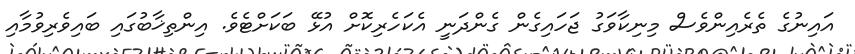
އައިނުގެ ތެރެއިންވެސް މިނިކާވަގު ޖަހައިގެން ގެންދަނީ އެކަހެރިކޮށް އުޅޭ ބަކަށްޓެވެ. އިންތިޚާބުގައި ބައިވެރިވުމާއި